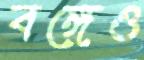
বঙ্গেও